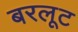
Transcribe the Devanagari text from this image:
बरलूट